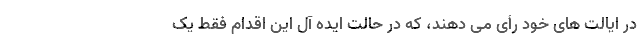
در ایالت های خود رأی می دهند، که در حالت ایده آل این اقدام فقط یک